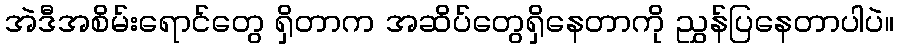
အဲဒီအစိမ်းရောင်တွေ ရှိတာက အဆိပ်တွေရှိနေတာကို ညွှန်ပြနေတာပါပဲ။